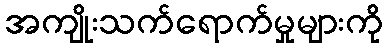
အကျိုးသက်ရောက်မှုများကို